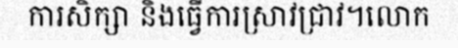
ការសិក្សា និងធ្វើការស្រាវជ្រាវ។លោក